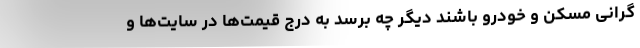
گرانی مسکن و خودرو باشند دیگر چه برسد به درج قیمت‌ها در سایت‌ها و